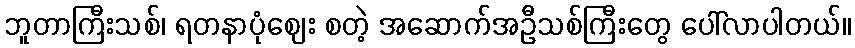
ဘူတာကြီးသစ်၊ ရတနာပုံဈေး စတဲ့ အဆောက်အဦသစ်ကြီးတွေ ပေါ်လာပါတယ်။